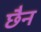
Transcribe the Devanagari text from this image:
छैन